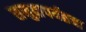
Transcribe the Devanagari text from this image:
समुद्रापर्यंतचा